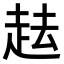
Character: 𧺷